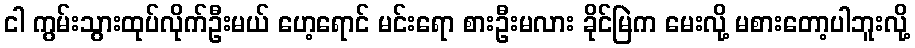
ငါ ကွမ်းသွားထုပ်လိုက်ဦးမယ် ဟေ့ရောင် မင်းရော စားဦးမလား ခိုင်မြဲက မေးလို့ မစားတော့ပါဘူးလို့